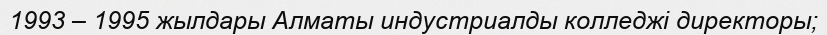
1993 – 1995 жылдары Алматы индустриалды колледжі директоры;